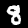
Label: 8